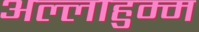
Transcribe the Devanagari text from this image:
अल्लाहुम्म